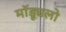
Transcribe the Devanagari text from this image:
मॉड्यूलो